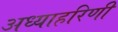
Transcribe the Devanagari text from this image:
अध्याहरिणी